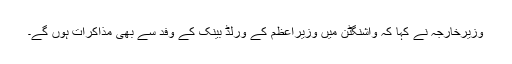
وزیرخارجہ نے کہا کہ واشنگٹن میں وزیراعظم کے ورلڈ بینک کے وفد سے بھی مذاکرات ہوں گے۔